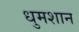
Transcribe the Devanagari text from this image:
धुमशान